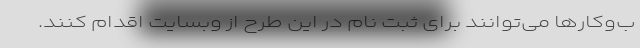
ب‌و‌کارها می‌توانند برای ثبت نام در این طرح از وبسایت اقدام کنند.